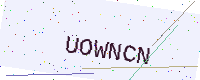
Text: UOWNCN